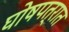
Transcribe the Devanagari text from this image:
घोषपत्रात